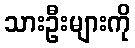
သားဦးများကို